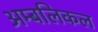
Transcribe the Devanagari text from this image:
अम्बलिकल